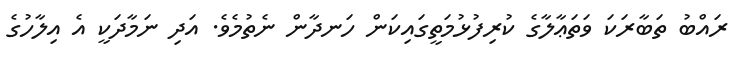
ރައްބު ތަބާރަކަ ވަތަޢާލާގެ ކުރިފުޅުމަތީގައިކަން ހަނދާން ނެތުމެވެ. އަދި ނަމާދަކީ އެ އިލާހުގެ